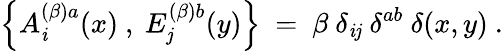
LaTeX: \left\{ A_{\mathit{i}}^{(\beta)a}(x)~,~E_{\mathit{j}}^{(\beta)b}(y)\right\} ~=~\beta~\delta_{\mathit{i}\mathit{j}}~\delta^{ab}~\delta(x,y)~.